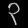
Digit: ၃